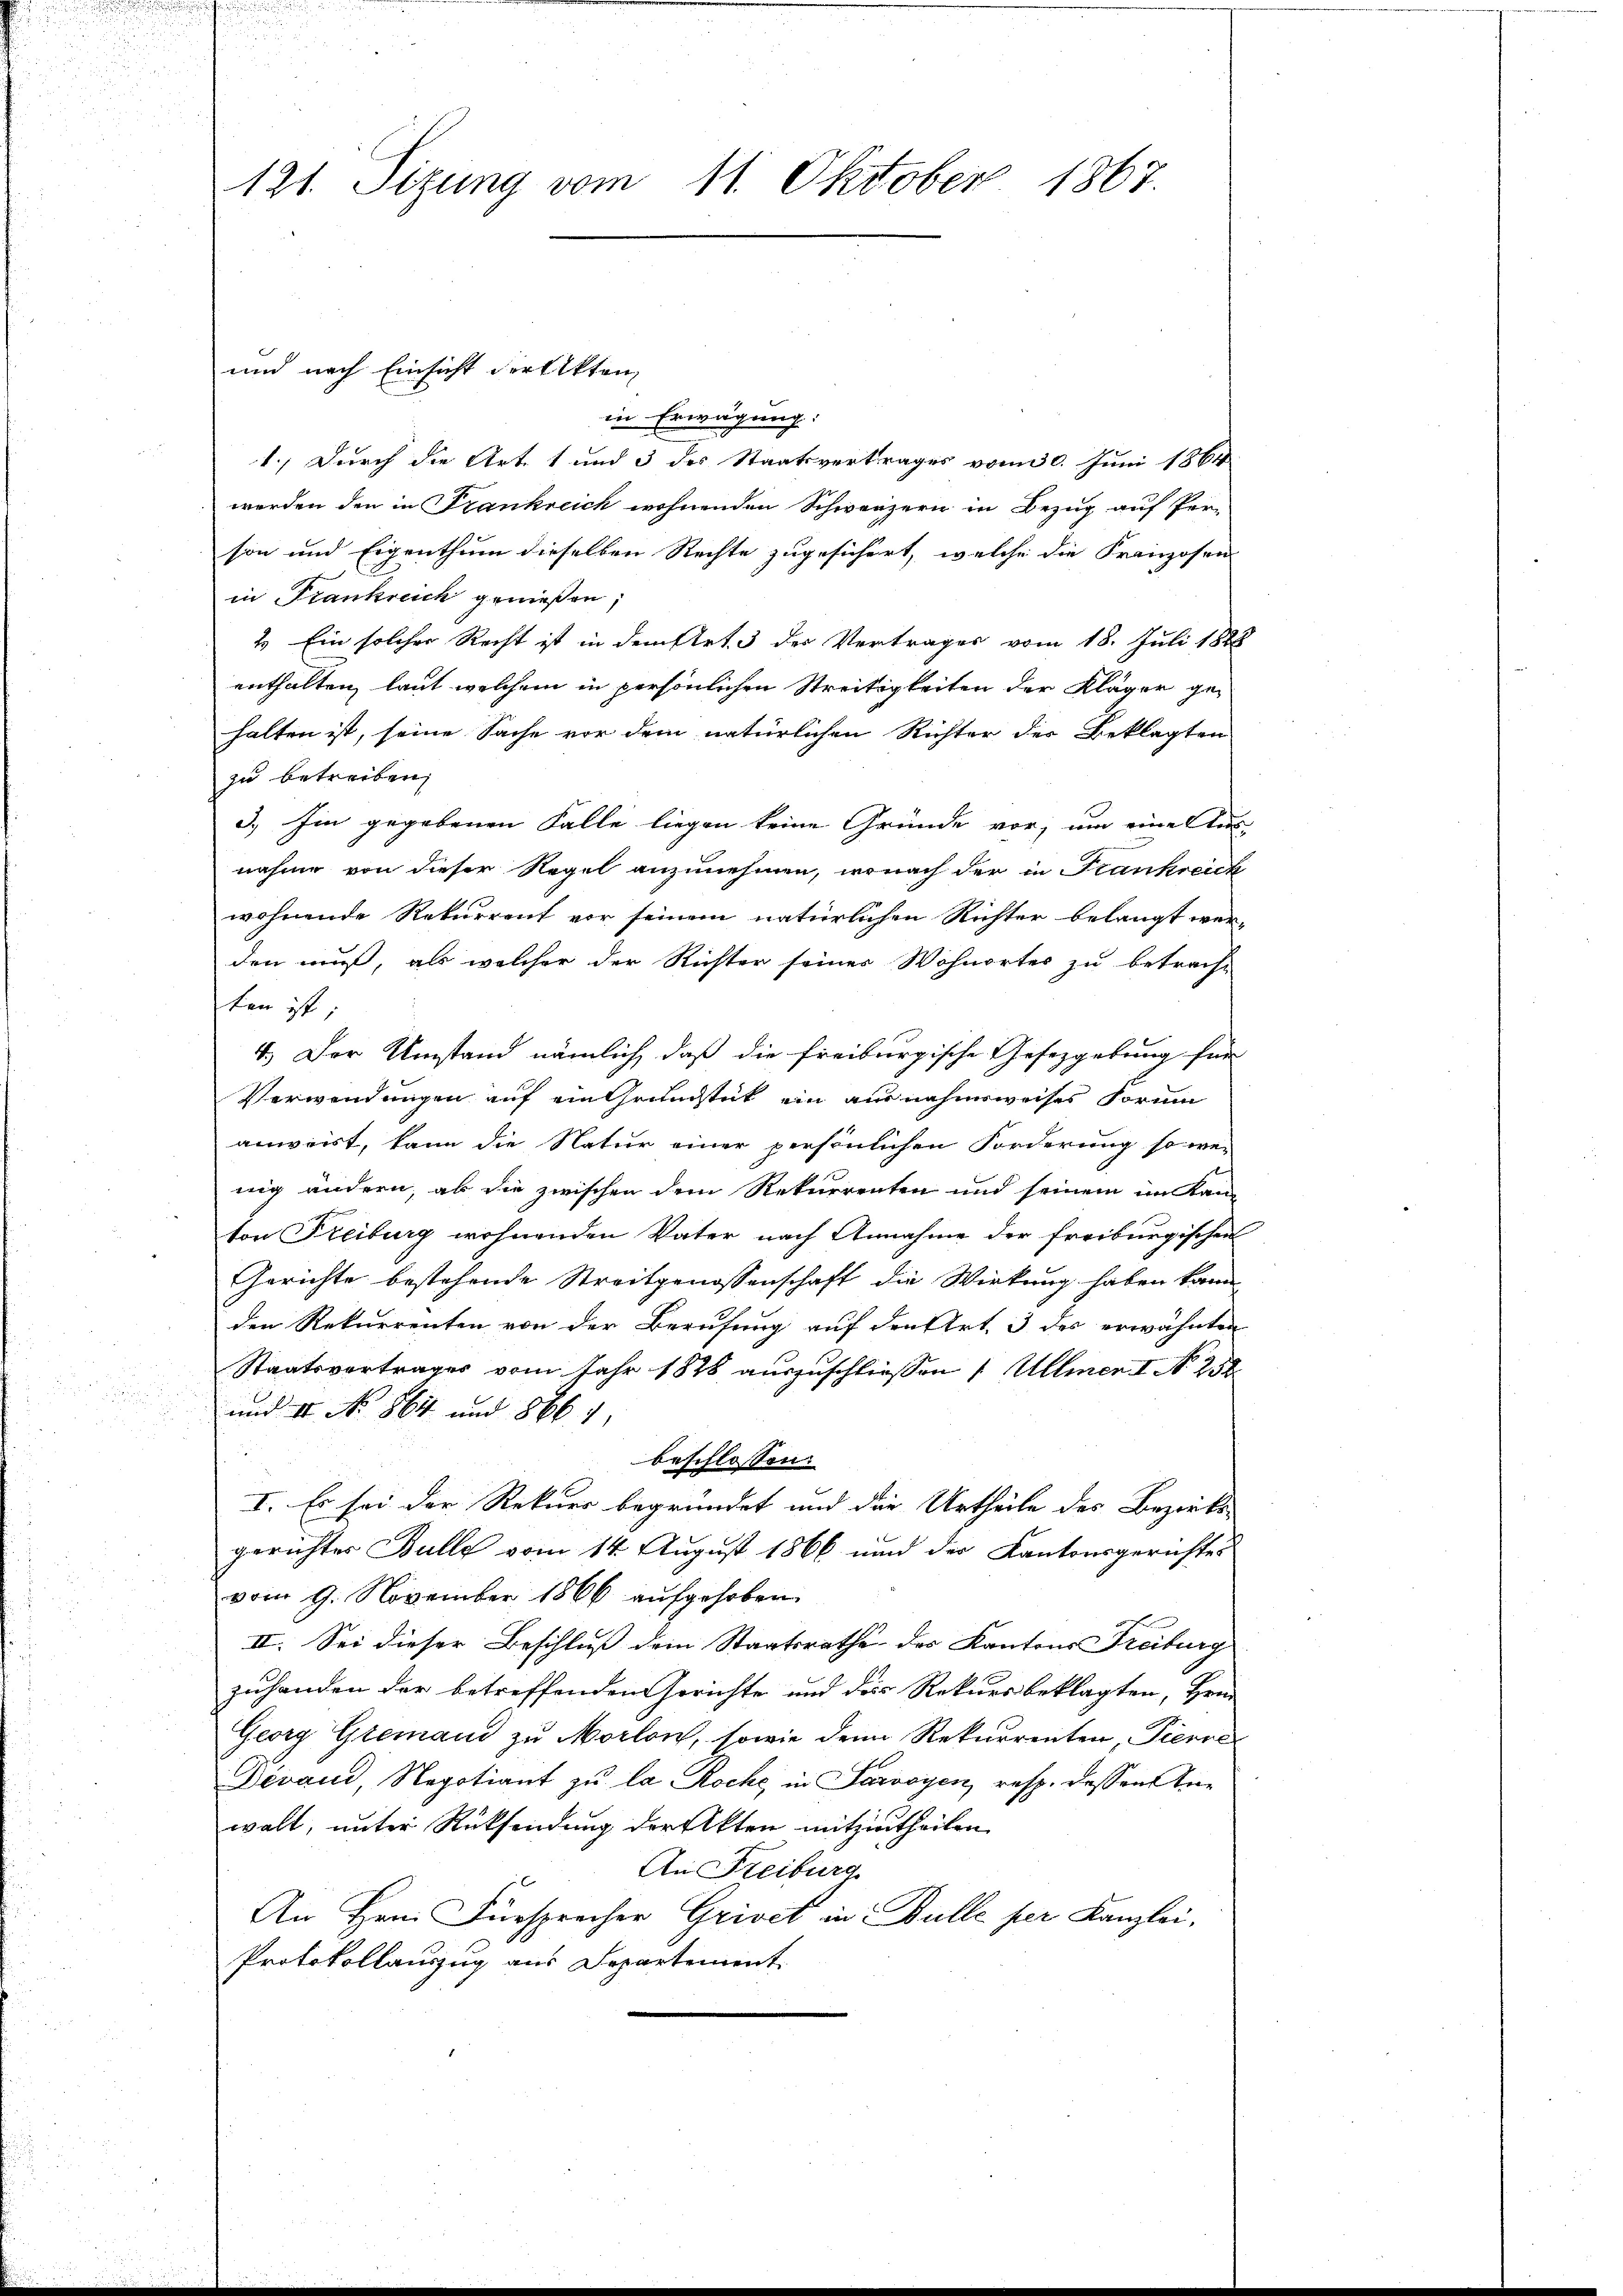
121. Sizung vom 11. Oktober 1867.

und nach Einsicht der Akten

in Erwägung:
e
1.) Durch die Art. 1 und 3 des Staatsvertrages vom 30. Juni 1864
werden den in Frankreich wohnenden Schwerzern in Bezug auf Per-
son und Eigenthum dieselben Rechte zugesichert, welche die Franzosen
in Frankreich genießen,
2. Ein solcher Recht ist in dem Art. 3 des Vertrages vom 18. Juli 1888
enthalten, laut welchem in persönlichen Streitigkeiten der Kläger ge-
halten ist, seine Sache vor dem natürlichen Richter der Beklagten
zu betreiben,
3.) Im gegebenen Falle liegen keine Gründe vor, um eine Aus-
nahme von dieser Regel anzunehmen, wonach der in Frankreich
wohnende Rekurrent vor seinem natürlichen Richter belangt wer-
den muß, als welcher der Richter seiner Wohnortes zu betracht
ten ist
4.) Der Umstand nämlich, daß die freiburgische Gesetzgebung für
Verwendungen auf ein Grundstück ein ausnahmsweises Vorun
anweist, kann die Natur einer persönlichen Forderung so wei
nig ändern, ab die zwischen dem Rekurrenten und seinem im Kan-
ton Freiburg wohnenden Vater nach Annahme der freiburgischen
Gerichte bestehende Streitgenossenschaft die Wirkung haben kann
den Rekurrenten von der Berufung auf den Art. 3 des erwähnten
Staatsvertrages vom Jahr 1828 auszuschliessen (Ullmen I No 252
und II No 864 und 866 f.
beschlossen:
I. Es sei der Rekurs begründet und die Urtheile des Bezirks-
gerichtes Bulle vom 14. August 1866 und der Kantonsgerichtes
vom 9. November 1866 aufgehoben
II. Sei dieser Beschluß dem Staatsrathe des Kantons Freiburg
zuhanden der betreffenden Gerichte und der Rekursbeklagten, Hrn.
Georg Gremand zu Morlon, sowie denn Rekurrenten, Pierre
Devan Negotiant zu la Roche, in Savoyen, resp. dessen Anwalt, unter Rücksendung der Akten mitzutheilen
An Freiburg
An Hrn. Fürsprecher Grivet in Bulle per Kanzlei.
Protokollauszug aus Departement